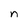
Character: n